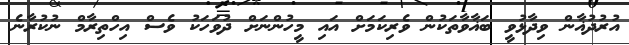
އުރުދުޣާން ވިދާޅުވީ ބަޣާވާތަކުން ވެރިކަމަށް އައި މީހުންނަށް ދުވަހަކު ވެސް އިހްތިރާމް ނުކުރާނެ